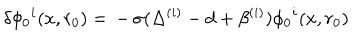
\delta \phi _ { 0 } { } ^ { i } ( x , r _ { 0 } ) = \, - \, \sigma ( \Delta ^ { ( i ) } - d + \beta ^ { ( i ) } ) \phi _ { 0 } { } ^ { i } ( x , r _ { 0 } )